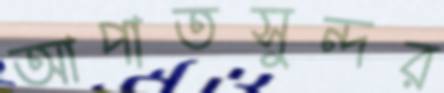
আপাতসুন্দর